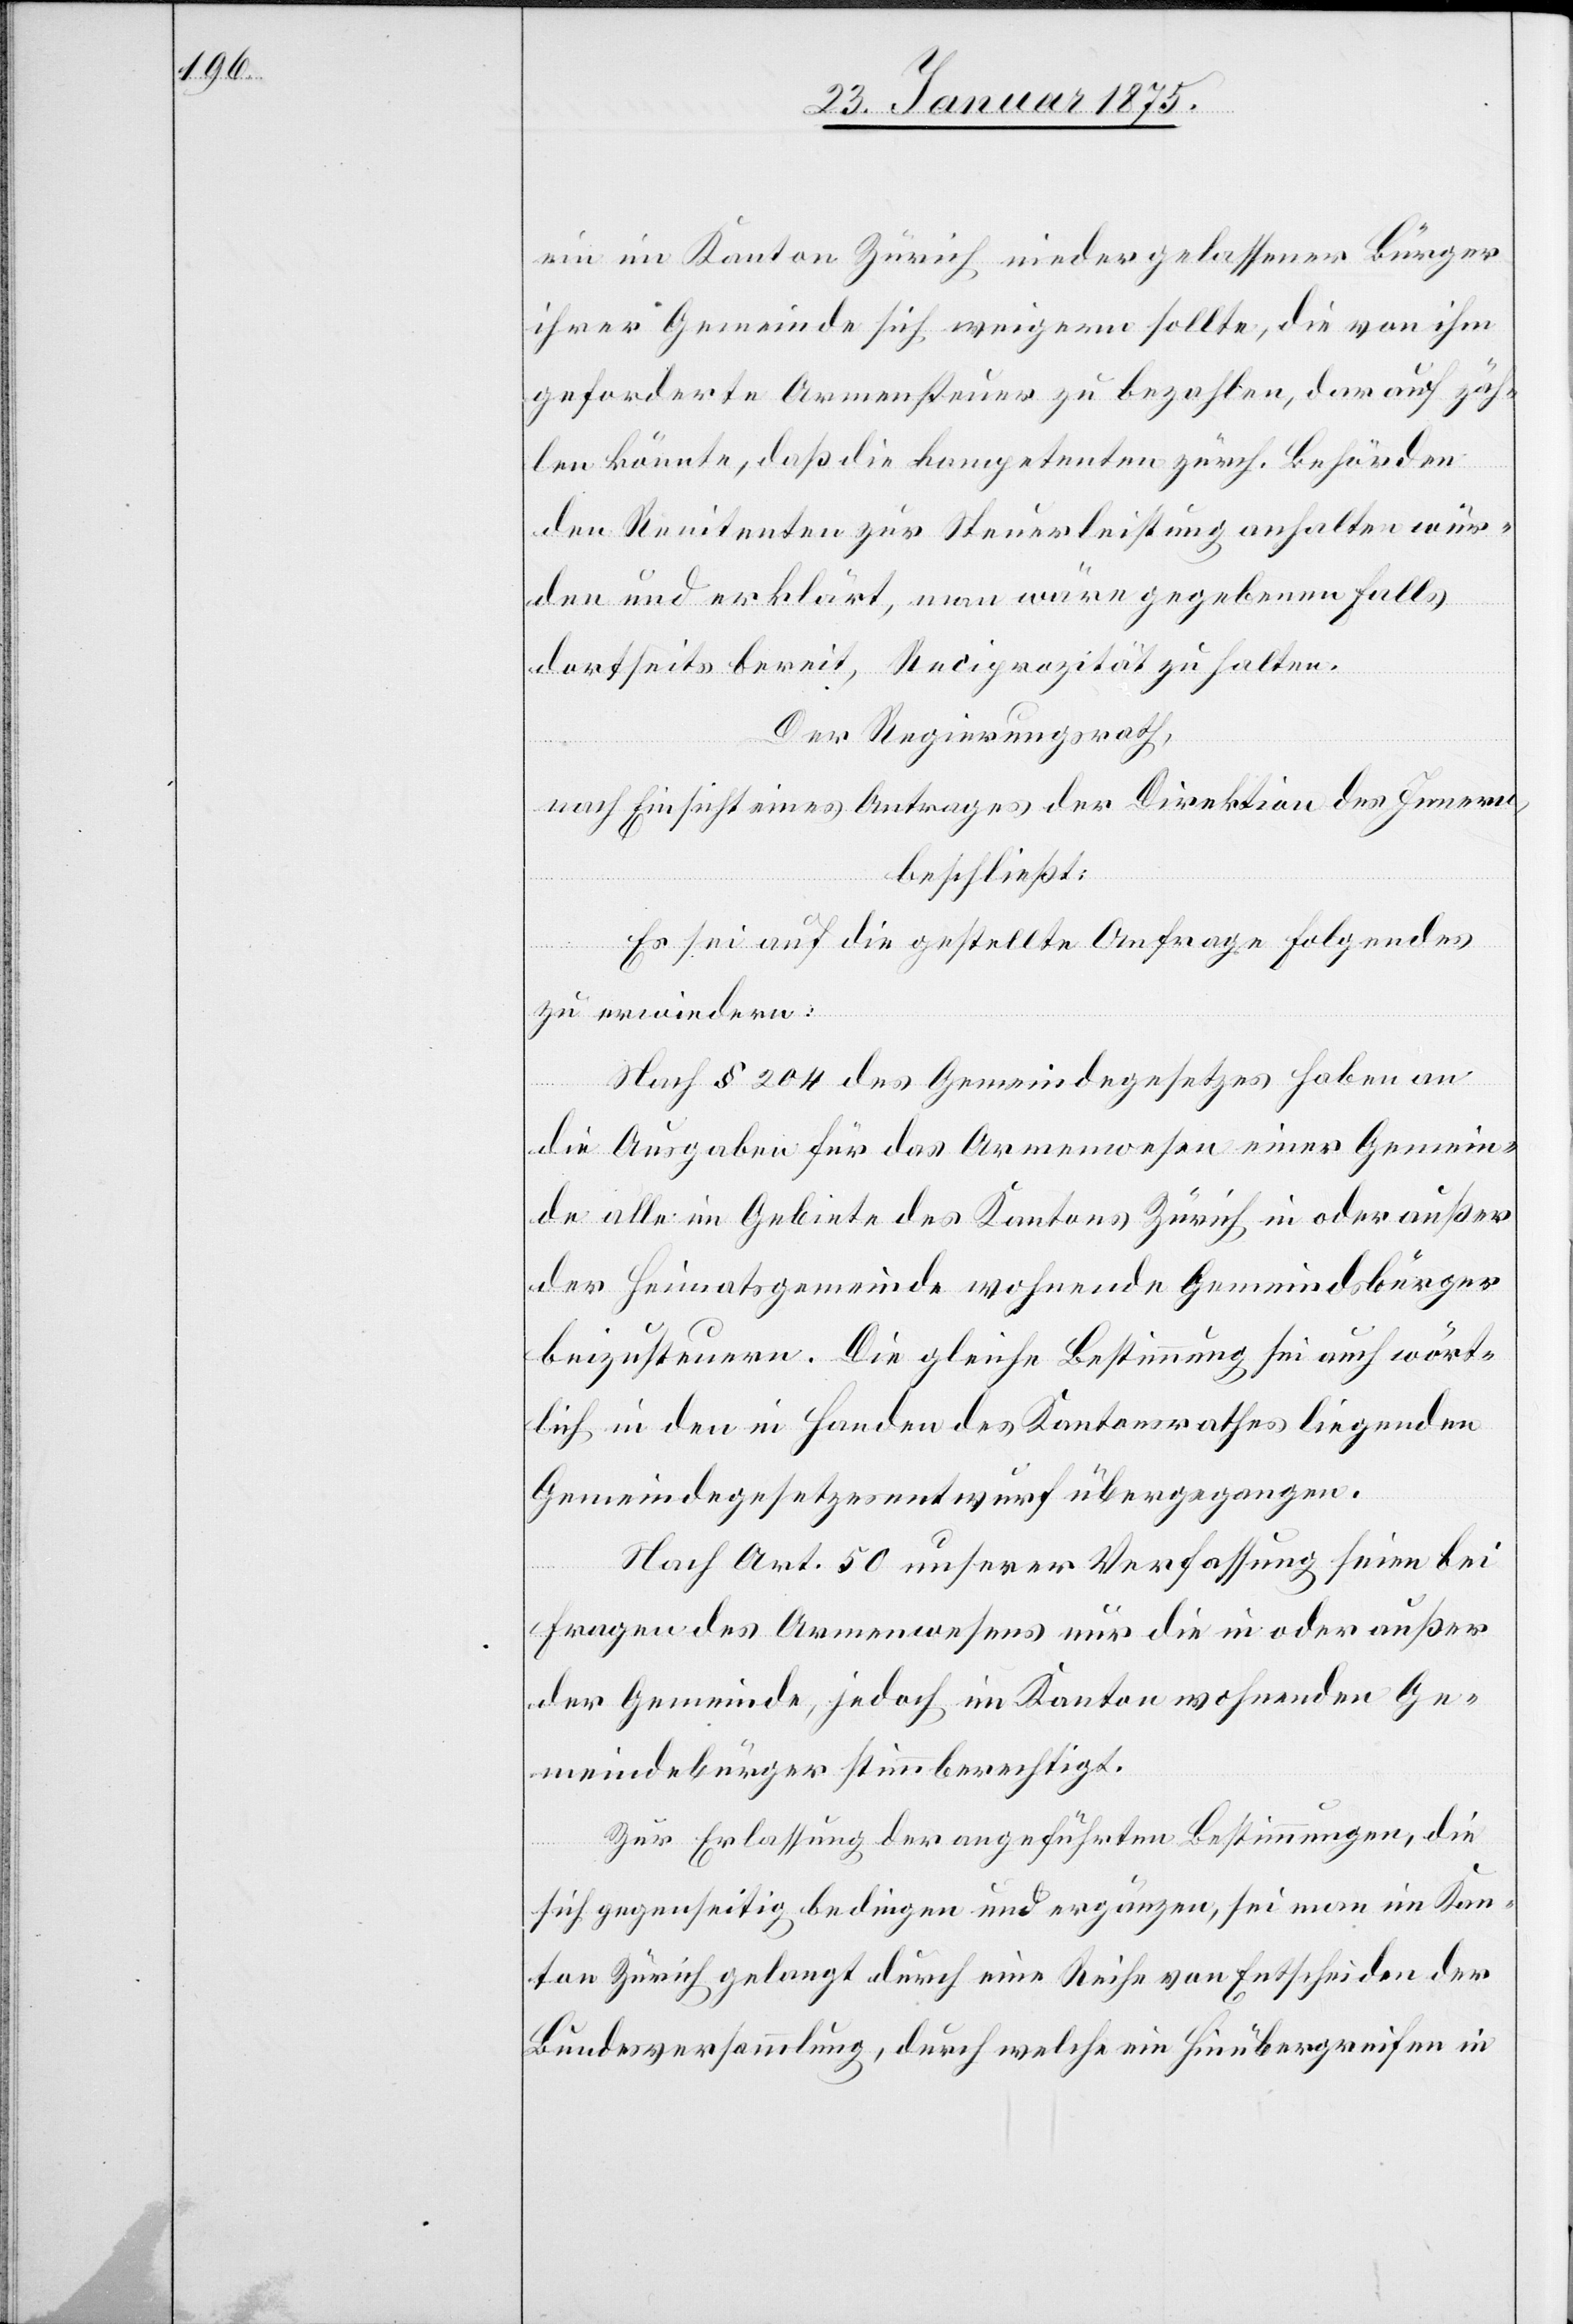
ein im Kanton Zürich niedergelassener Bürger
ihrer Gemeinde sich weigern sollte, die von ihm
geforderte Armensteuer zu bezahlen, darauf zäh¬
len könnte, daß die kompetenten zürch. Behörden
den Renitenten zur Steuerleistung anhalten wür¬
den und erklärt, man wäre gegebenen Fall
dortseits bereit, Reciprozität zu halten.
Der Regierungsrath,
nach Einsicht eines Antrages der Direktion des Innern,
beschließt:
Es sei auf die gestellte Anfrage folgendes
zu erwiedern:
Nach § 204 des Gemeindegesetzes haben an
die Ausgaben für das Armenwesen einer Gemein¬
de alle im Gebiete des Kantons Zürich in oder außer
der Heimatsgemeinde wohnende Gemeindsbürger
beizusteuern. Die gleiche Bestimmung sei auch wört¬
lich in den in Handen des Kantonsrathes liegenden
Gemeindegesetzesentwurf übergegangen.
Nach Art. 50 unserer Verfassung seien bei
Fragen des Armenwesens nur die in oder außer
der Gemeinde, jedoch im Kanton wohnenden Ge¬
meindbürger stimmberechtigt.
Zur Erlassung der angeführten Bestimmungen, die
sich gegenseitig bedingen und ergänzen, sei man im Kan¬
ton Zürich gelangt durch eine Reihe von Entscheiden der
Bundesversammlung, durch welche ein Hinübergreifen in